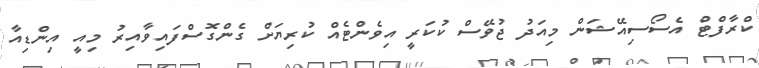
ކްރާފްޓް އެސޯސިއޭޝަން މިއަދު ޖުވޭސް ކުކަރީ އިވެންޓެއް ކުރިޔަށް ގެންގޮސްފައިވާއިރު މިއީ އިންޑިއާ